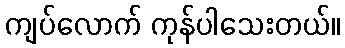
ကျပ်လောက် ကုန်ပါသေးတယ်။